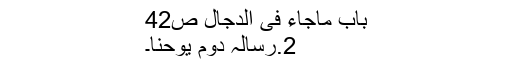
باب ماجاء فی الدجال ص42
2.رسالہ دوم یوحنا۔